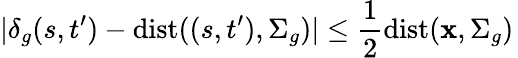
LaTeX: |\delta_{g}(s,t^{\prime})-\mathrm{dist}((s,t^{\prime}),\Sigma_{g})|\leq\frac{1}{2}\mathrm{dist}(\mathbf{x},\Sigma_{g})\,